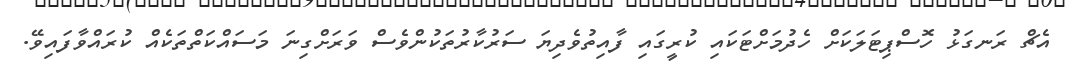
އެޗް ރަނގަޅު ހޮސްޕިޓަލަކަށް ހެދުމަށްޓަކައި ކުރީގައި ފާއިތުވެދިޔަ ސަރުކާރުތަކުންވެސް ވަރަށްގިނަ މަސައްކަތްތަކެއް ކުރައްވާފައިވޭ.